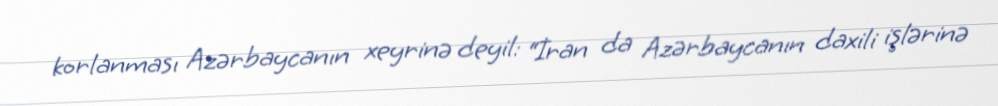
korlanması Azərbaycanın xeyrinə deyil: “İran da Azərbaycanın daxili işlərinə